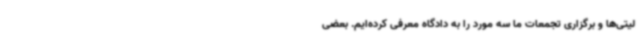
لیتی‌ها و برگزاری تجمعات ما سه مورد را به دادگاه معرفی کرده‌ایم. بعضی